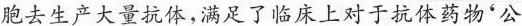
胞去生产大量抗体,满足了临床上对于抗体药物“公